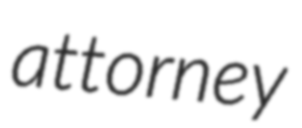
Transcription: attorney